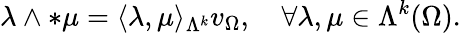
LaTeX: \lambda\wedge\ast\mu=\langle\lambda,\mu\rangle_{\Lambda^{k}}v_{\Omega},\quad\forall\lambda,\mu\in\Lambda^{k}(\Omega).